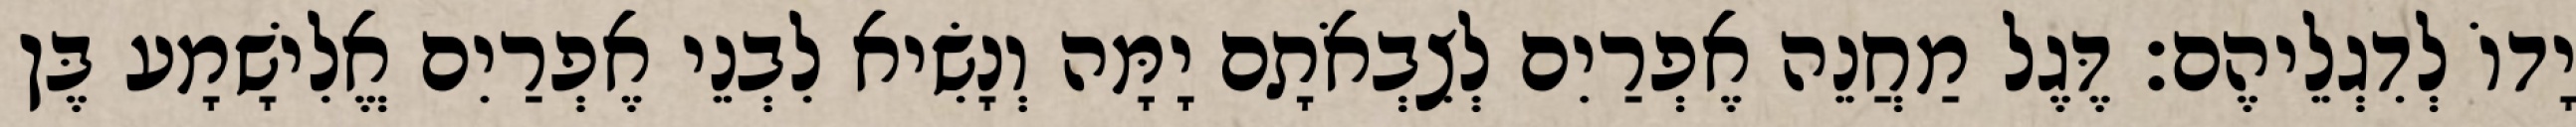
יָדוֹ לְדִגְלֵיהֶם׃ דֶּגֶל מַחֲנֵה אֶפְרַיִם לְצִבְאֹתָם יָמָּה וְנָשִׂיא לִבְנֵי אֶפְרַיִם אֱלִישָׁמָע בֶּן